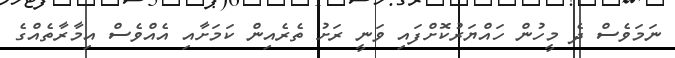
ނަމަވެސް ދެ މީހުން ހައްޔަރުކޮށްފައި ވަނީ ރަށު ތެރެއިން ކަމަށާއި އެއްވެސް އިމާރާތެއްގެ